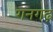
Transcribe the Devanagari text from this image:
गनगढ़